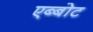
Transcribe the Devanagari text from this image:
एब्बोट